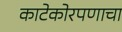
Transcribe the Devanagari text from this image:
काटेकोरपणाचा